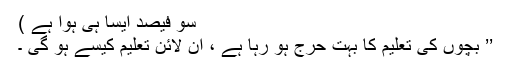
سو فیصد ایسا ہی ہوا ہے )
’’ بچوں کی تعلیم کا بہت حرج ہو رہا ہے ، آن لائن تعلیم کیسے ہو گی ۔